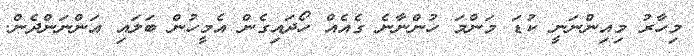
މިހާރު މިއިންނަނީ ކުޑަ މަންމަ ހުންނާނެ ގެއެއް ހޯދައިގެން އެމީހުން ބަލައި އަންނަންދެން.